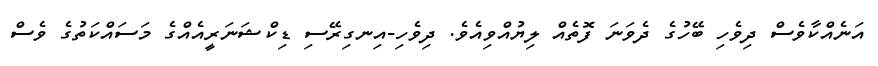
އަނެއްކާވެސް ދިވެހި ބޭހުގެ ދެވަނަ ފޮތެއް ލިޔުއްވިއެވެ. ދިވެހި-އިނގިރޭސި ޑިކްޝަނަރީއެއްގެ މަސައްކަތުގެ ވެސް